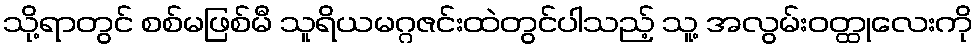
သို့ရာတွင် စစ်မဖြစ်မီ သူရိယမဂ္ဂဇင်းထဲတွင်ပါသည့် သူ့ အလွမ်းဝတ္ထုလေးကို